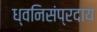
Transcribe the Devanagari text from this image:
ध्वनिसंप्रदाय